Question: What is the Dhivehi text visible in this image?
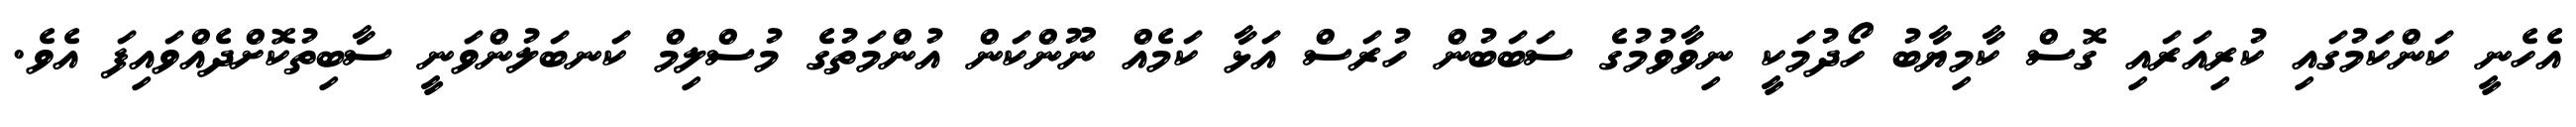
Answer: އެހެނީ ކަންކަމުގައި ކުރިއަރައި ގޮސް ކާމިޔާބު ހޯދުމަކީ ނިވާވުމުގެ ސަބަބުން ހުރަސް އަޅާ ކަމެއް ނޫންކަން އުންމަތުގެ މުސްލިމް ކަނބަލުންވަނީ ސާބިތުކޮށްދެއްވައިފަ އެވެ.